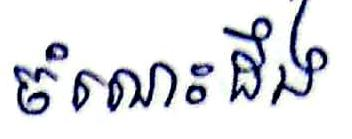
ចំណេះដឹង